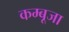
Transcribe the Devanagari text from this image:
कम्बूजा